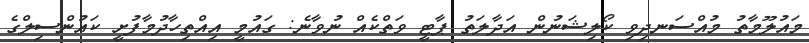
މައުލޫމާތު މުއްސަނދިވި ކޯލިޝަނުން އަދާލަތު ޕާޓީ ވަތްކެއް ނުވާނެ: ގައުމީ އިއްތިހާދުމާފުށީ ކައުންސިލްގެ